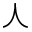
\curlywedge